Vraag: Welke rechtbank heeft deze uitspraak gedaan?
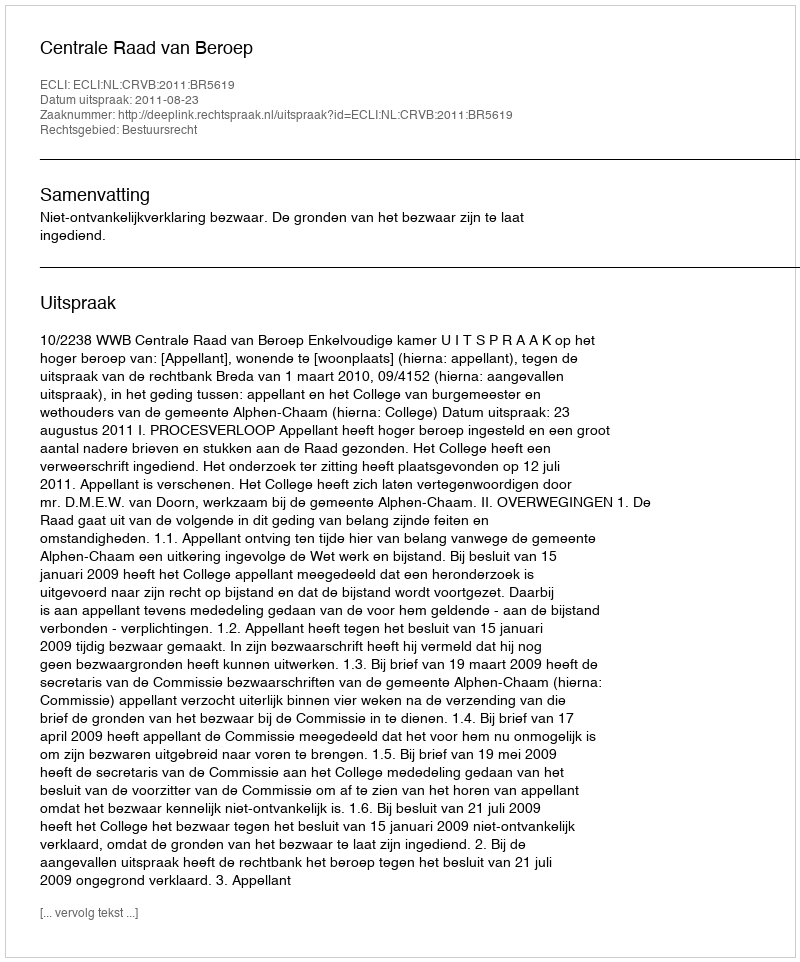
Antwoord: Centrale Raad van Beroep